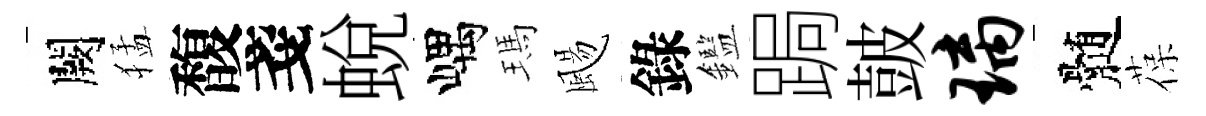
闕猛馥戔蛻嵎瑪颺錄鑑跼皷璃髄葆